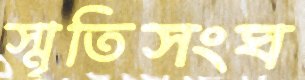
স্মৃতিসংঘ